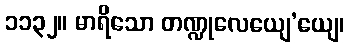
၁၁၃၂။ မာရိသော တဏ္ဍုလေယျေ’ယျေ၊